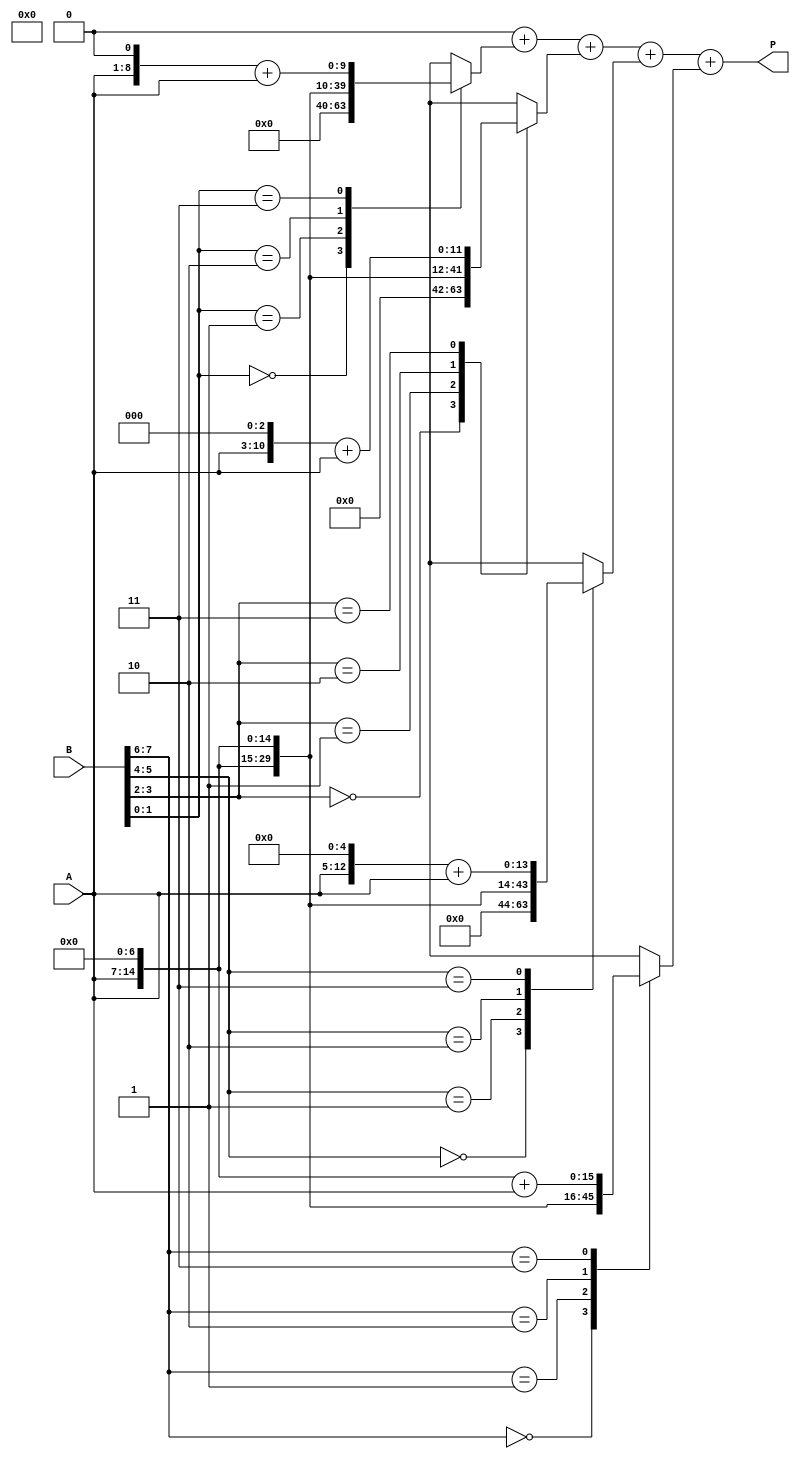
module radix4_multiplier #(parameter N = 8) (
    input  [N-1:0] A,     // Multiplicand
    input  [N-1:0] B,     // Multiplier
    output reg [2*N-1:0] P // Product
);

    // Intermediate signals for partial products
    reg [2*N-1:0] pp [0:N/2-1]; // Partial products array
    integer i;

    // Generate partial products based on the bit pairs of B
    always @(*) begin
        // Initialize product to zero
        P = 0;
        
        // Generate partial products based on pairs of bits in B
        for (i = 0; i < N/2; i = i + 1) begin
            case (B[2*i +: 2]) // Select 2 bits from B
                2'b00: pp[i] = 0;                     // Generates 0
                2'b01: pp[i] = A << (2*i);            // Generates A
                2'b10: pp[i] = A << (2*i + 1);        // Generates A << 1
                2'b11: pp[i] = (A << (2*i + 1)) + A;  // Generates A + (A << 1)
                default: pp[i] = 0;                    // Default case
            endcase
        end
        
        // Accumulate partial products
        for (i = 0; i < N/2; i = i + 1) begin
            P = P + pp[i]; // Sum partial products
        end
    end

endmodule